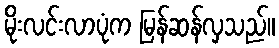
မိုးလင်းလာပုံက မြန်ဆန်လှသည်။